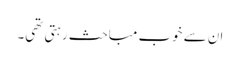
ان سے خوب مباحث رہتی تھی۔